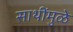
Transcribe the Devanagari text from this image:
साथींमुळे